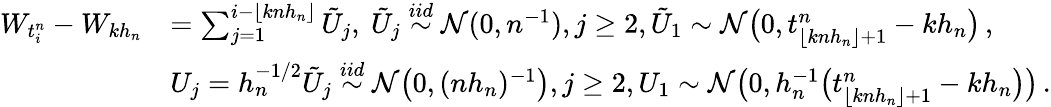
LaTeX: \begin{array}{rl}{W_{t_{i}^{n}}-W_{kh_{n}}}&{=\sum_{j=1}^{i-\lfloor knh_{n}\rfloor}\tilde{U}_{j},~\tilde{U}_{j}\stackrel{iid}{\sim}\mathcal{N}(0,n^{-1}),j\ge 2,\tilde{U}_{1}\sim\mathcal{N}\big(0,t_{\lfloor knh_{n}\rfloor+1}^{n}-kh_{n}\big)\, ,}\\ &{U_{j}=h_{n}^{-1/2}\tilde{U}_{j}\stackrel{iid}{\sim}\mathcal{N}\big(0,(nh_{n})^{-1}\big),j\ge 2,U_{1}\sim\mathcal{N}\big(0,h_{n}^{-1}\big(t_{\lfloor knh_{n}\rfloor+1}^{n}-kh_{n}\big)\big)\, .}\end{array}